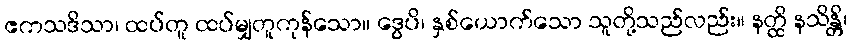
ဧကသဒိသာ၊ ထပ်တူ ထပ်မျှတူကုန်သော။ ဒွေပိ၊ နှစ်ယောက်သော သူတို့သည်လည်း။ နတ္ထိ နသိန္တိ၊